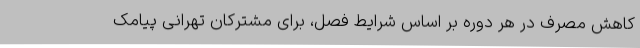
کاهش مصرف در هر دوره بر اساس شرایط فصل، برای مشترکان تهرانی پیامک